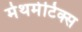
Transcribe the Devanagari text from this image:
मेथमेटिक्स